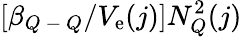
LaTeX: [\beta_{Q\mathrm{~-~}Q}/V_{\mathrm{e}}(j)]N_{Q}^{2}(j)